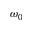
\omega _ { 0 }